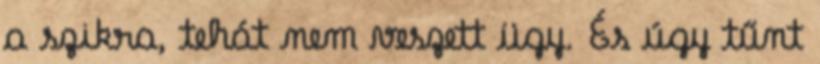
a szikra, tehát nem veszett ügy. És úgy tűnt